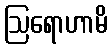
ဩရောဟာမိ